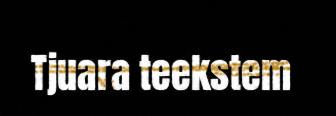
Tjuara teekstem